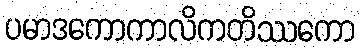
ပမာဒကောကာလိကတိဿကော